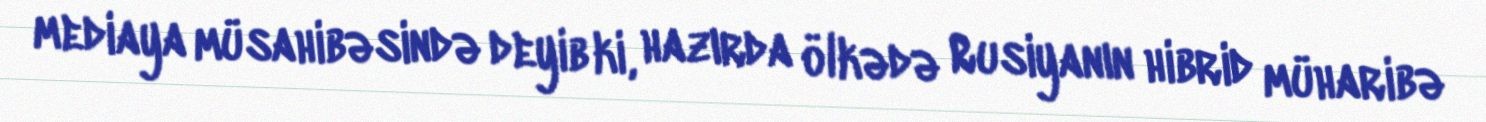
mediaya müsahibəsində deyib ki, hazırda ölkədə Rusiyanın hibrid müharibə